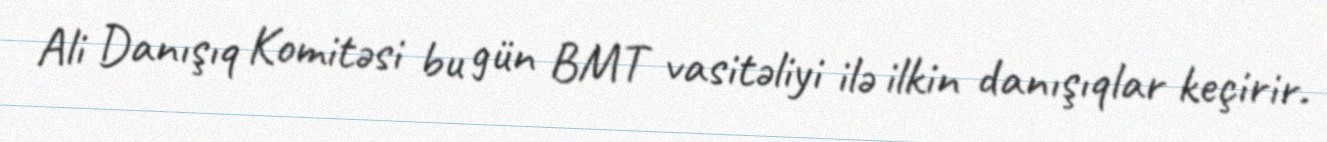
Ali Danışıq Komitəsi bu gün BMT vasitəliyi ilə ilkin danışıqlar keçirir.